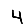
Digit: 4